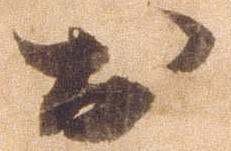
於